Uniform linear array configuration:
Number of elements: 4
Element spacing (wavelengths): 0.25
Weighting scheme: kaiser
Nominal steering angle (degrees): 30
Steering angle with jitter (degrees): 30.054
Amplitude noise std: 0.05
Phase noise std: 0.05

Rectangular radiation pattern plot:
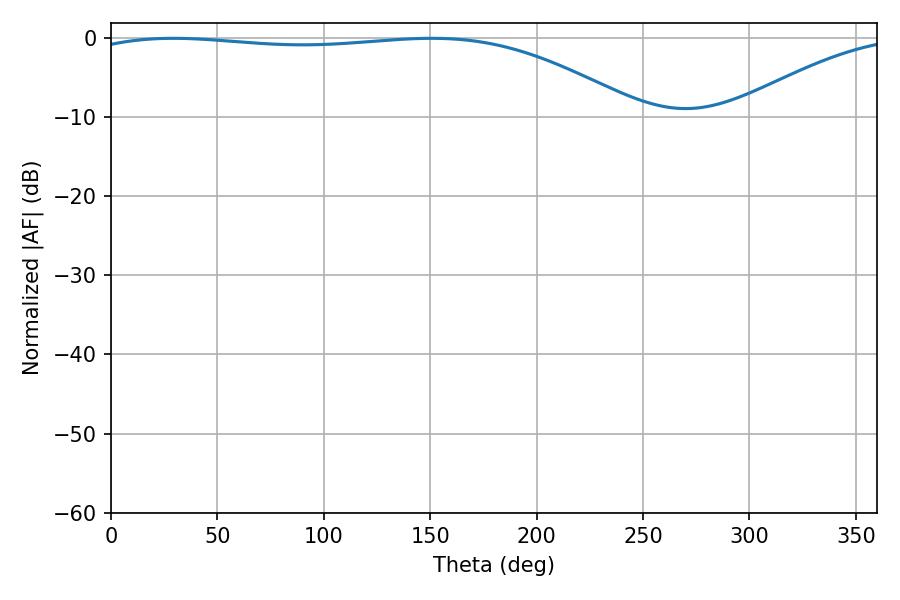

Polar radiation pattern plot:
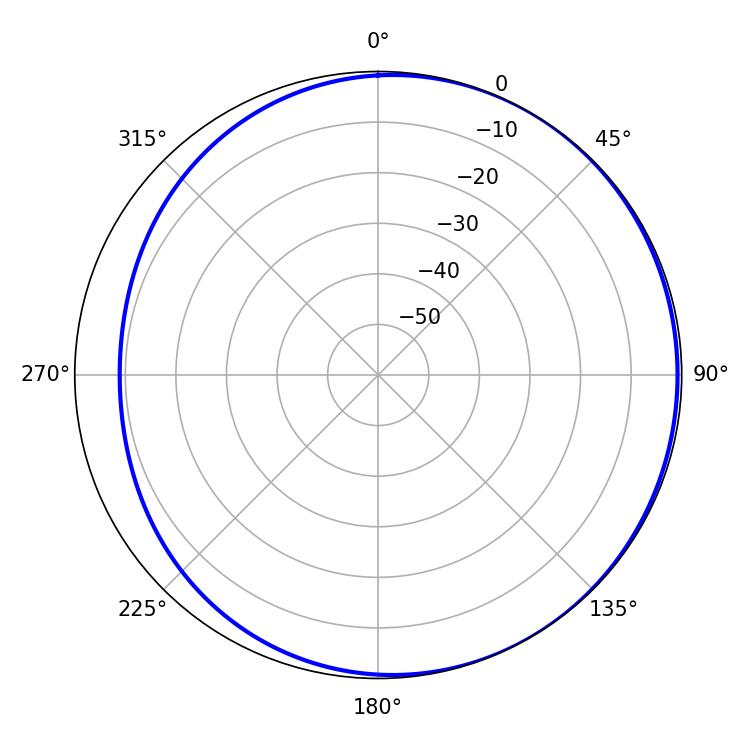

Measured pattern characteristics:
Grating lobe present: FALSE
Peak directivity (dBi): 1.941
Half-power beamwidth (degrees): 207
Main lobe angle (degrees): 29.34